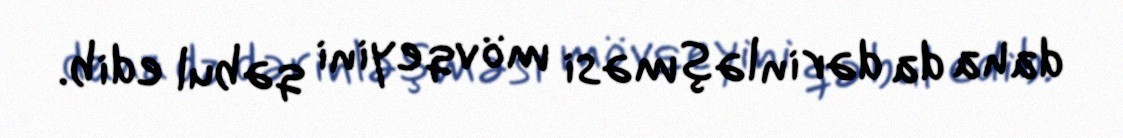
daha da dərinləşməsi mövqeyini qəbul edib.